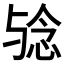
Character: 𱍟